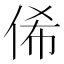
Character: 俙